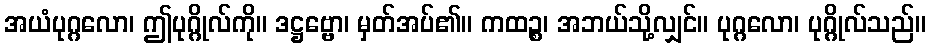
အယံပုဂ္ဂလော၊ ဤပုဂ္ဂိုလ်ကို။ ဒဋ္ဌဗ္ဗော၊ မှတ်အပ်၏။ ကထဉ္စ၊ အဘယ်သို့လျှင်။ ပုဂ္ဂလော၊ ပုဂ္ဂိုလ်သည်။